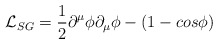
\begin{align*}{\mathcal L}_{SG} =\frac{1}{2} \partial^\mu \phi \partial_\mu \phi -(1-cos \phi )\end{align*}